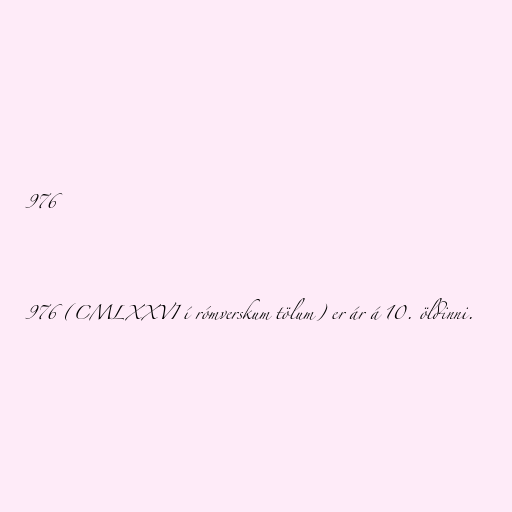
976

976 (CMLXXVI í rómverskum tölum) er ár á 10. öldinni.